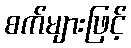
စက်များဖြင့်